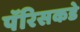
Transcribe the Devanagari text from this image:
पॅरिसकडे